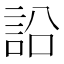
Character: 䛇